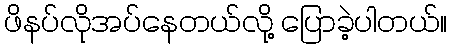
ဖိနပ်လိုအပ်နေတယ်လို့ ပြောခဲ့ပါတယ်။